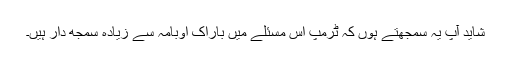
شاید آپ یہ سمجهتے ہوں کہ ٹرمپ اس مسئلے میں باراک اوبامہ سے زیادہ سمجھ دار ہیں۔